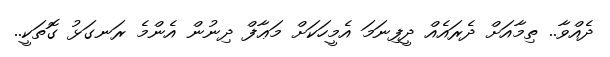
ދެއްވާ.. ތިމާއަށް ދެރައެއް ދީފިނަމަ އެމީހަކަށް މަޢާފް ދިނުން އެންމެ ރަނގަޅު ގޮތަކީ..